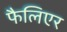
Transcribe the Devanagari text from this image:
फैलिएर